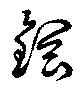
鋼